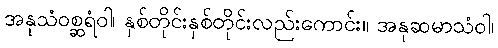
အနုသံဝစ္ဆရံဝါ၊ နှစ်တိုင်းနှစ်တိုင်းလည်းကောင်း။ အနုဆမာသံဝါ၊